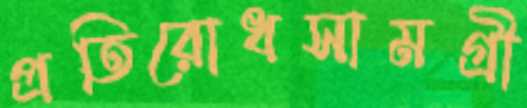
প্রতিরোধসামগ্রী